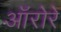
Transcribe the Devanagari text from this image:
ऑरोरे